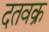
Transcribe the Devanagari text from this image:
दतवक्र